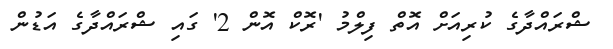
ޝްރައްދާގެ ކުރިއަށް އޮތް ފިލްމު 'ރޮކް އޮން 2' ގައި ޝްރައްދާގެ އަޑުން